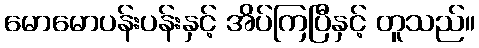
မောမောပန်းပန်းနှင့် အိပ်ကြပြီနှင့် တူသည်။